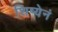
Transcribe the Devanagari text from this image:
शिष्येनं